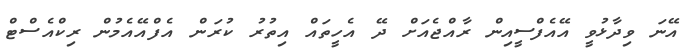
އޭނަ ވިދާޅުވީ އޭއެފްސީއިން ރާއްޖެއަށް ދޭ އެހީތައް އިތުރު ކުރަން އެފްއޭއެމުން ރިކްއެސްޓް